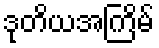
ဒုတိယအကြိမ်